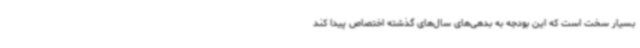
بسیار سخت است که این بودجه به بدهی‌های سال‌های گذشته اختصاص پیدا کند